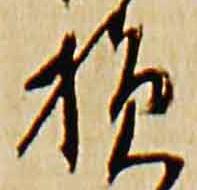
損